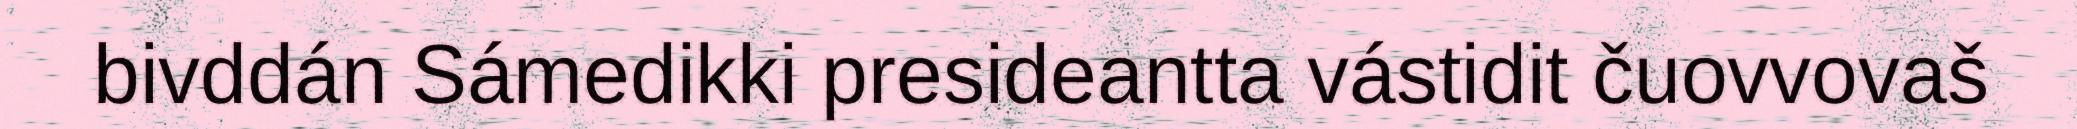
bivddán Sámedikki presideantta vástidit čuovvovaš